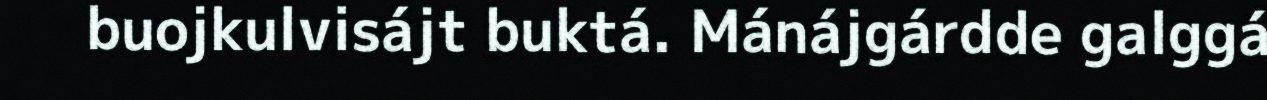
buojkulvisájt buktá. Mánájgárdde galggá